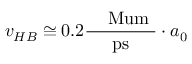
v _ { H B } \cong 0 . 2 \frac { \textrm { \, \ensuremath { \mathrm { \ M u m } } } } { \mathrm { p s } } \cdot a _ { 0 }